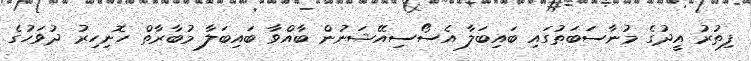
ފިތުރު އީދުގެ މުނާސަބަތުގައި ބައިބަލާ އެސޯސިއޭޝަނުން ބާއްވާ ބައިބަލާ މުބާރާތް ހޮނިހިރު ދުވަހުގެ